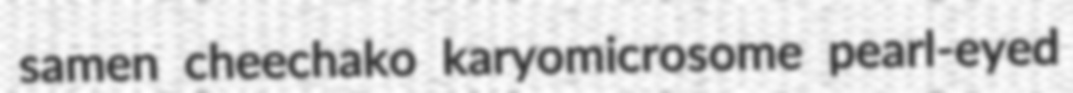
samen cheechako karyomicrosome pearl-eyed